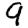
Digit: 9